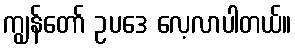
ကျွန်တော် ဥပဒေ လေ့လာပါတယ်။